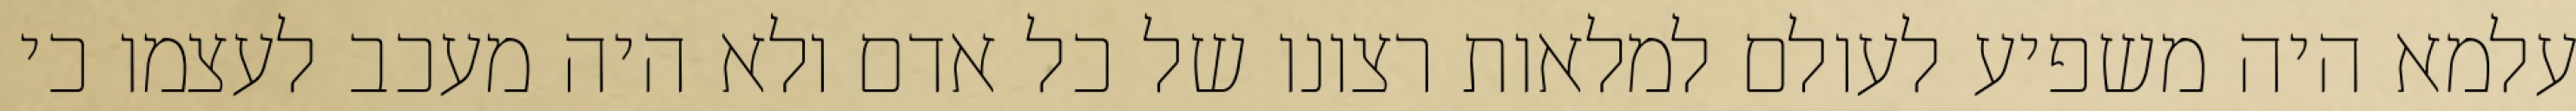
עלמא היה משפיע לעולם למלאות רצונו של כל אדם ולא היה מעכב לעצמו כי